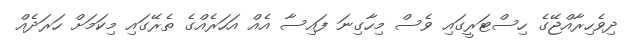
ދިވެހިރާއްޖޭގެ ހިސްޓަރީގައި ވެސް މިހާގިނަ ފައިސާ އެއް އަހަރެއްގެ ތެރޭގައި މިކަމަށް ހަރަދެއް